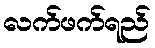
လက်ဖက်ရည်